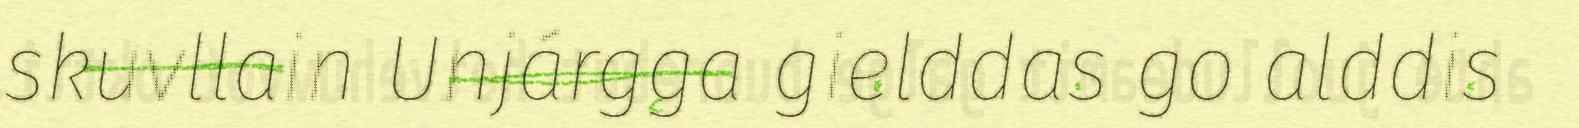
skuvllain Unjárgga gielddas go alddis